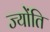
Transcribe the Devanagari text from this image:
ज्योंति